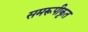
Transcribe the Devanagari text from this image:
समरूपीकृत